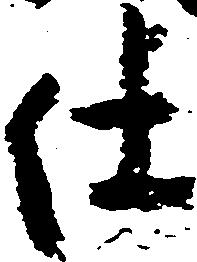
仕